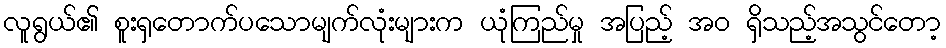
လူရွယ်၏ စူးရှတောက်ပသောမျက်လုံးများက ယုံကြည်မှု အပြည့် အဝ ရှိသည့်အသွင်တော့